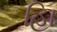
હાિ